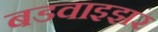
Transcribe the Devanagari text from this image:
बडवाइझर